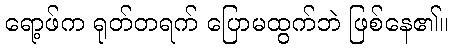
ရော့ဖ်က ရုတ်တရက် ပြောမထွက်ဘဲ ဖြစ်နေ၏။